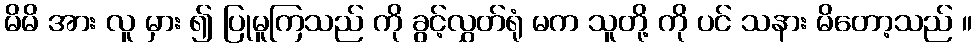
မိမိ အား လူ မှား ၍ ပြုမူကြသည် ကို ခွင့်လွှတ်ရုံ မက သူတို့ ကို ပင် သနား မိတော့သည် ။